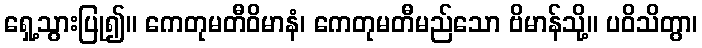
ရှေ့သွားပြု၍။ ကေတုမတီဝိမာနံ၊ ကေတုမတီမည်သော ဗိမာန်သို့။ ပဝိသိတွာ၊